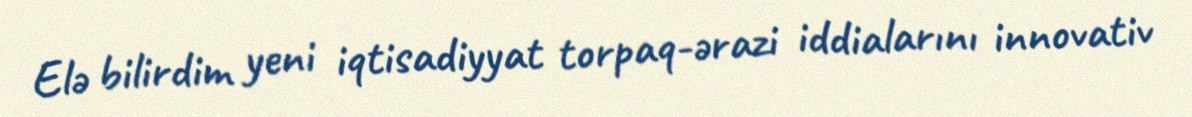
Elə bilirdim yeni iqtisadiyyat torpaq-ərazi iddialarını innovativ